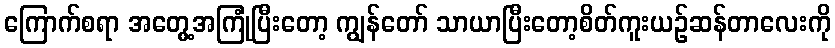
ကြောက်စရာ အတွေ့အကြုံပြီးတော့ ကျွန်တော် သာယာပြီးတော့စိတ်ကူးယဉ်ဆန်တာလေးကို